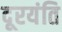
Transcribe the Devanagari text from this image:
दूरयंति